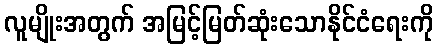
လူမျိုးအတွက် အမြင့်မြတ်ဆုံးသောနိုင်ငံရေးကို